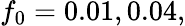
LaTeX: f_{0}=0.01,0.04,